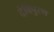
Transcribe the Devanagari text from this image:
देविपुरण